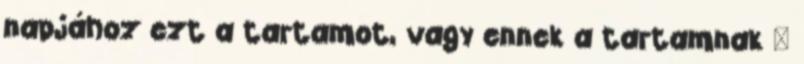
napjához ezt a tartamot, vagy ennek a tartamnak –